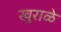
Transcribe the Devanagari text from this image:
खुराळे